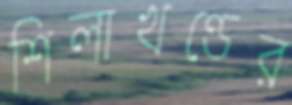
শিলাখণ্ডের